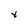
Character: v